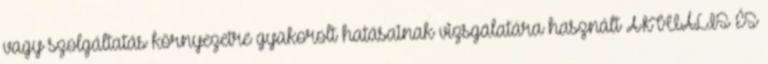
vagy szolgáltatás környezetre gyakorolt hatásainak vizsgálatára használt AKTUÁLIS ÉS